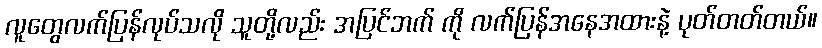
လူတွေလက်ပြန်လုပ်သလို သူတို့လည်း အပြင်ဘက် ကို လက်ပြန်အနေအထားနဲ့ ပုတ်တတ်တယ်။